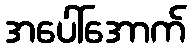
အပေါ်အောက်